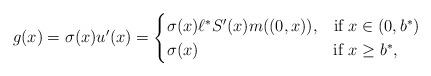
LaTeX: \begin{align*}\begin{aligned}g(x)=\sigma(x) u'(x)&= \begin{cases}\sigma(x)\ell^\ast S'(x)m((0,x)), & \mbox{if $x\in(0,b^*)$}\\\sigma(x) & \mbox{if $x\geq b^*$},\end{cases}\end{aligned}\end{align*}